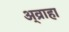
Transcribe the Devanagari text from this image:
अ्व्राहा